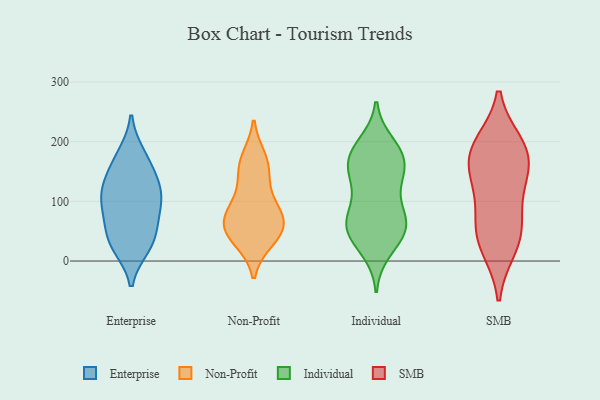
{"axis": {"x": "Active Users", "y": "Value"}, "legend": ["Enterprise", "Individual", "Non-Profit", "SMB"], "data": [{"x": "", "y": 88, "type": "Enterprise"}, {"x": "", "y": 24, "type": "Enterprise"}, {"x": "", "y": 76, "type": "Enterprise"}, {"x": "", "y": 131, "type": "Enterprise"}, {"x": "", "y": 40, "type": "Enterprise"}, {"x": "", "y": 142, "type": "Enterprise"}, {"x": "", "y": 46, "type": "Enterprise"}, {"x": "", "y": 115, "type": "Enterprise"}, {"x": "", "y": 25, "type": "Enterprise"}, {"x": "", "y": 170, "type": "Enterprise"}, {"x": "", "y": 113, "type": "Enterprise"}, {"x": "", "y": 98, "type": "Enterprise"}, {"x": "", "y": 178, "type": "Enterprise"}, {"x": "", "y": 34, "type": "Non-Profit"}, {"x": "", "y": 64, "type": "Non-Profit"}, {"x": "", "y": 87, "type": "Non-Profit"}, {"x": "", "y": 151, "type": "Non-Profit"}, {"x": "", "y": 35, "type": "Non-Profit"}, {"x": "", "y": 62, "type": "Non-Profit"}, {"x": "", "y": 47, "type": "Non-Profit"}, {"x": "", "y": 58, "type": "Non-Profit"}, {"x": "", "y": 94, "type": "Non-Profit"}, {"x": "", "y": 130, "type": "Non-Profit"}, {"x": "", "y": 79, "type": "Non-Profit"}, {"x": "", "y": 168, "type": "Non-Profit"}, {"x": "", "y": 173, "type": "Non-Profit"}, {"x": "", "y": 174, "type": "Individual"}, {"x": "", "y": 185, "type": "Individual"}, {"x": "", "y": 78, "type": "Individual"}, {"x": "", "y": 85, "type": "Individual"}, {"x": "", "y": 196, "type": "Individual"}, {"x": "", "y": 46, "type": "Individual"}, {"x": "", "y": 144, "type": "Individual"}, {"x": "", "y": 63, "type": "Individual"}, {"x": "", "y": 64, "type": "Individual"}, {"x": "", "y": 49, "type": "Individual"}, {"x": "", "y": 149, "type": "Individual"}, {"x": "", "y": 18, "type": "Individual"}, {"x": "", "y": 65, "type": "Individual"}, {"x": "", "y": 143, "type": "Individual"}, {"x": "", "y": 175, "type": "Individual"}, {"x": "", "y": 38, "type": "Individual"}, {"x": "", "y": 176, "type": "Individual"}, {"x": "", "y": 126, "type": "Individual"}, {"x": "", "y": 187, "type": "SMB"}, {"x": "", "y": 140, "type": "SMB"}, {"x": "", "y": 75, "type": "SMB"}, {"x": "", "y": 195, "type": "SMB"}, {"x": "", "y": 164, "type": "SMB"}, {"x": "", "y": 129, "type": "SMB"}, {"x": "", "y": 23, "type": "SMB"}, {"x": "", "y": 55, "type": "SMB"}, {"x": "", "y": 187, "type": "SMB"}, {"x": "", "y": 35, "type": "SMB"}]}